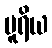
ပူရိယ